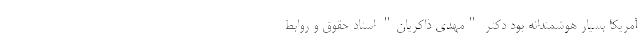
آمریکا بسیار هوشمندانه بود دکتر "مهدی ذاکریان" استاد حقوق و روابط